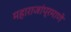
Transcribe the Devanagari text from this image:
महाराजांप्रमाणे